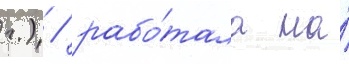
г.) / рабо́тала на́